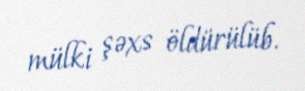
mülki şəxs öldürülüb.